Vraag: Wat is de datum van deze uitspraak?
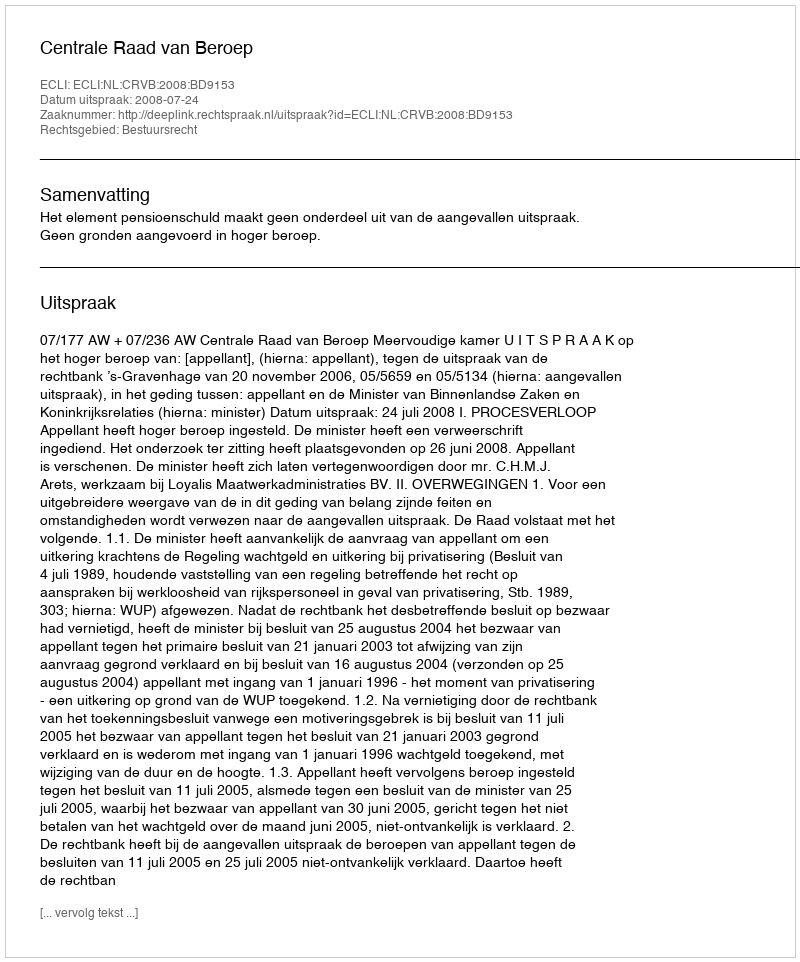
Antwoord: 2008-07-24